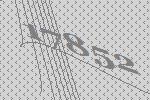
17852